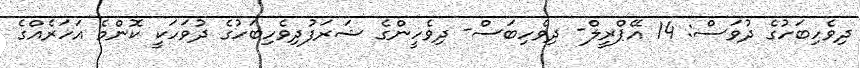
ދިވެހިބަހުގެ ދުވަސް: 14 އޭޕްރީލް- ދިވެހިބަސް- ދިވެހީންގެ ޝަރަފުދިވެހިބަހުގެ ދުވަހަކީ ކޮންމެ އަހަރެއްގެ